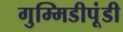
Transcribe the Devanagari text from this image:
गुम्मिडीपूंडी